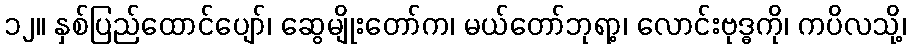
၁၂။ နှစ်ပြည်ထောင်ပျော်၊ ဆွေမျိုးတော်က၊ မယ်တော်ဘုရာ့၊ လောင်းဗုဒ္ဓကို၊ ကပိလသို့၊